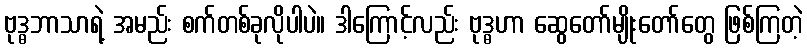
ဗုဒ္ဓဘာသာရဲ့ အမည်း စက်တစ်ခုလိုပါပဲ။ ဒါကြောင့်လည်း ဗုဒ္ဓဟာ ဆွေတော်မျိုးတော်တွေ ဖြစ်ကြတဲ့